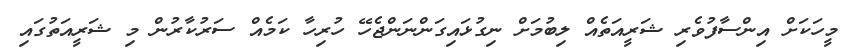
މީހަކަށް އިންސާފުވެރި ޝަރީއަތެއް ލިބުމަށް ނިގުޅައިގަންނަންޖެހޭ ހުރިހާ ކަމެއް ސަރުކާރުން މި ޝަރީއަތުގައި